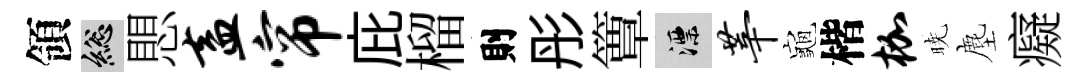
領總愳盍帘庇榴則彤簟漂莘龜楷枷暁塵癡